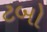
ટબો